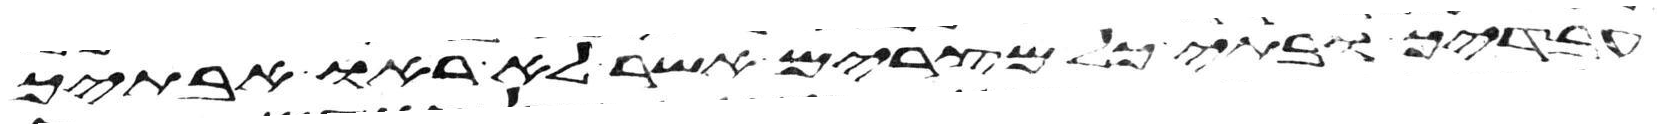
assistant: עבדיך ובתי כל מצרים אשר לא ראו אבתיך